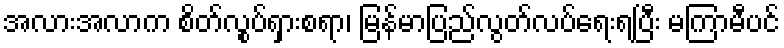
အလားအလာက စိတ်လွုပ်ရှားစရာ၊ မြန်မာပြည်လွတ်လပ်ရေးရပြီး မကြာမီပင်